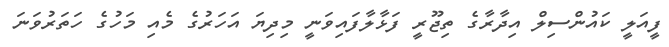
ފީއަލީ ކައުންސިލް އިދާރާގެ ތިޖޫރީ ފަޅާލާފައިވަނީ މިދިޔަ އަހަރުގެ މެއި މަހުގެ ހަތަރުވަނަ